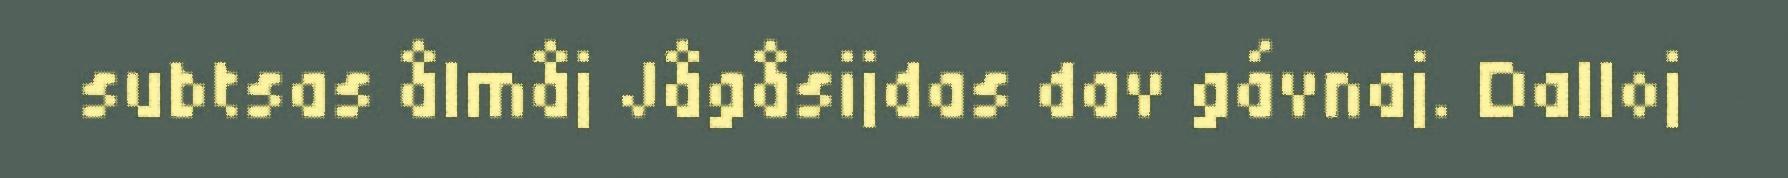
subtsas ålmåj Jågåsijdas dav gávnaj. Dalloj